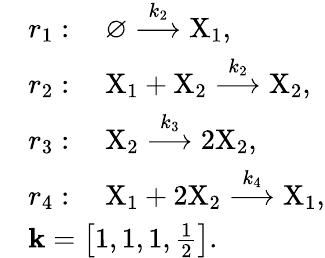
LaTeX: \begin{array}{rl}&{r_{1}:\quad\varnothing\stackrel{k_{2}}{\longrightarrow}\mathrm{X}_{1},}\\ &{r_{2}:\quad\mathrm{X}_{1}+\mathrm{X}_{2}\stackrel{k_{2}}{\longrightarrow}\mathrm{X}_{2},}\\ &{r_{3}:\quad\mathrm{X}_{2}\stackrel{k_{3}}{\longrightarrow}2\mathrm{X}_{2},}\\ &{r_{4}:\quad\mathrm{X}_{1}+2\mathrm{X}_{2}\stackrel{k_{4}}{\longrightarrow}\mathrm{X}_{1},}\\ &{\mathbf{k}=\left[1,1,1,\frac{1}{2}\right].}\end{array}